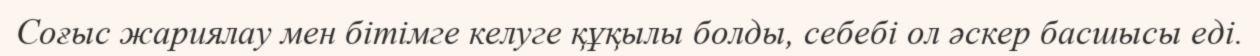
Соғыс жариялау мен бітімге келуге құқылы болды, себебі ол әскер басшысы еді.